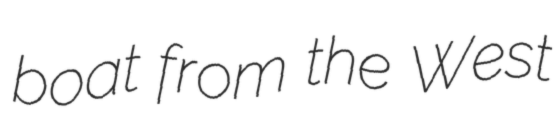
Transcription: boat from the West